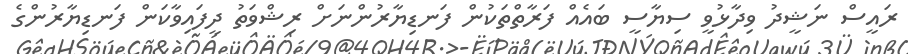
ރައީސް ނަޝީދު ވިދާޅުވީ ސިޔާސީ ބައެއް ފަރާތްތަކުން ފަނޑިޔާރުންނަށް ރިޝްވަތު ދީފައިވާކަން ފަނޑިޔާރުންގެ